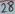
Text: 28